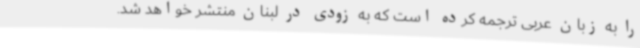
را به زبان عربی ترجمه کرده است که به زودی در لبنان منتشر خواهد شد.